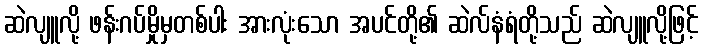
ဆဲလျူလို့ ဖန်းဂပ်မှိုမှတစ်ပါး အားလုံးသော အပင်တို့၏ ဆဲလ်နံရံတို့သည် ဆဲလျူလို့ဖြင့်